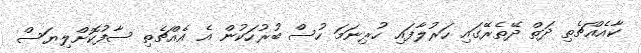
ކާއެއްޗެތި ދަތް ދޭތެރޭގައި ހަރުލާފައި ހުރިނަމަ ހުސް ބުރުހަކުން އެ އެއްޗެތި ސާފުކޮށްލިޔަސް